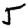
Digit: 5